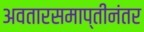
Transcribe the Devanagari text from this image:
अवतारसमाप्तीनंतर